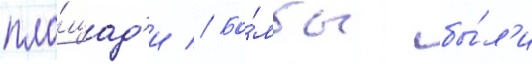
пло́щад'и // Бо́мбы бы́л'и